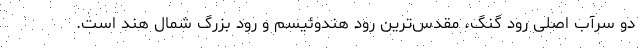
دو سرآب اصلی رود گنگ، مقدس‌ترین رود هندوئیسم و رود بزرگ شمال هند است.